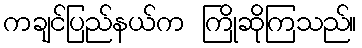
ကချင်ပြည်နယ်က ကြိုဆိုကြသည်။